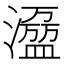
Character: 𰝝